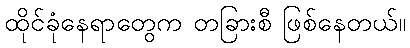
ထိုင်ခုံနေရာတွေက တခြားစီ ဖြစ်နေတယ်။